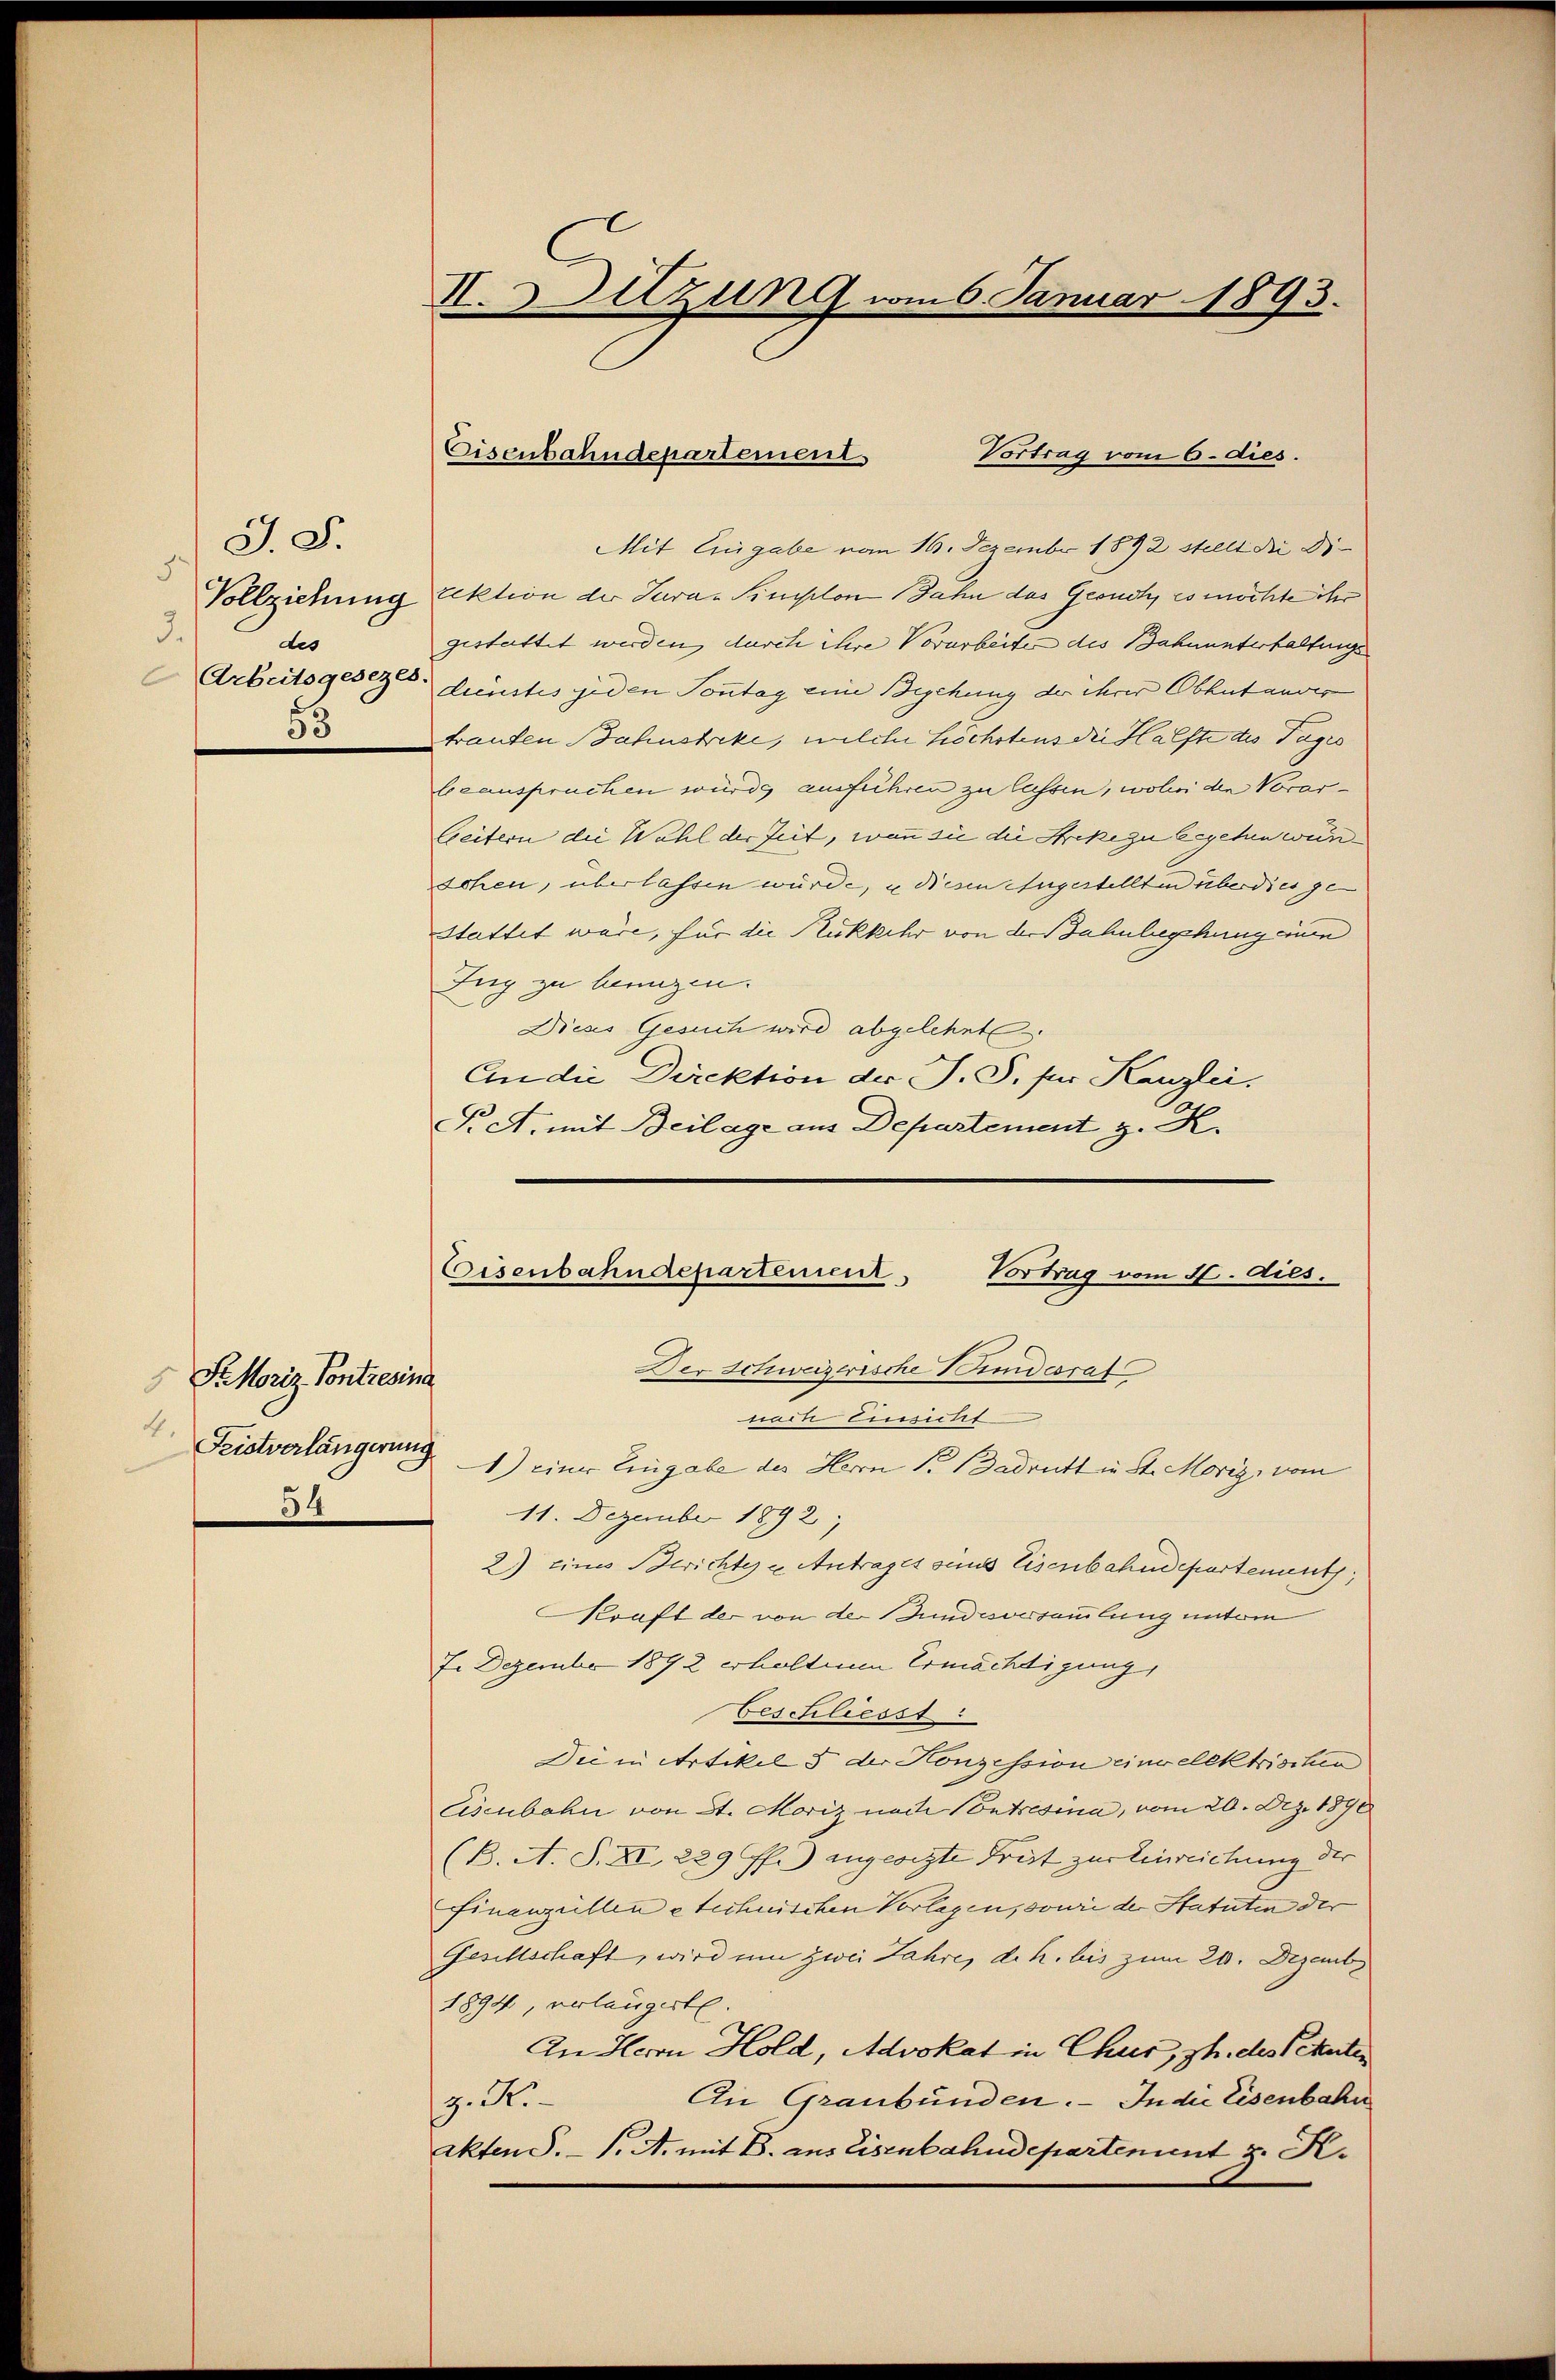
J. S.
5
Vollziehung
3.
des
Arbeitsgesezes
53

Fr Moriz Pontiesina
54

II. Setzung vom 6. Januar 1893.

Eisenbahndepartement
Vortrag vom 6. dies.

Mit Eingabe vom 16. Dezember 1892 stellt die Di-
rektion der Tura-Simplon Jahn das Gesuch, es möchte ihr
gestattet werden, durch ihre Vorarbeiten des Bahnunterhaltungs
dienstes jeden Sonntag eine Bechung der ihrer Obhut anver
trauten Bahnstreke, welche Höchstens die Halfte des Tages
beeanspruchen würde ausführen zu lassen, wobei den Vorarleitern die Wahl der Zeit, wenn sie die Strekezu begehen wünschen, überlassen würde, u diesen zugestellten überdies ge-
Stattet wäre, für die Rükkehr von der Bahnbegehung eine
Zug zu beunzen.
Dieses Gesuch wird abgelehnte.
An die Direktion der J. S. für Kanzlei.
T. A. mit Beilage aus Departement z. K.

Eisenbahndepartement,
Vortrag vom 16. dies.
Der Schweizerische Bindesrat

nade Einsicht
Fristverlängerung 1) einer Eingabe der Herrn S. Badrutt in St. Morig, vom
11. Dezember 1892
2) eines Berichtes u. Antrages sind Eisenbahndepartement,
Kraft der von der und vorsammlung unter
7. Dezember 1892 erhaltene Ermächtigung,
beschliesst:
Die in Artikel 5 der Konzession eine elektrischen
Eisenbahn von St. Moriz nach Contresina, vom 20. Dez. 1890
(B. A. S. XI, 229 ff.) angeorzte Frist zur Einreichung der
Finanzellen e technischen Vorlagen, sowie der Statuten der
Gesellschaft, wird um zwei Jahre, d. h. bis zum 20. Dezemb
1894, verlangerte.
An Herrn Hold, Advokat in Chur, ph. des Petenten
An Graubünden. In die Eisenbahn
z. K
akten S. S. A. mit B. aus Eisenbahndepartement z. K.